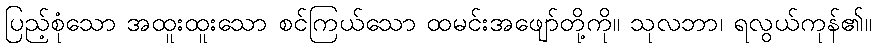
ပြည့်စုံသော အထူးထူးသော စင်ကြယ်သော ထမင်းအဖျော်တို့ကို။ သုလဘာ၊ ရလွယ်ကုန်၏။